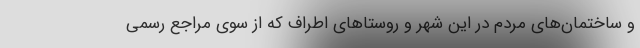
و ساختمان‌های مردم در این شهر و روستاهای اطراف که از سوی مراجع رسمی